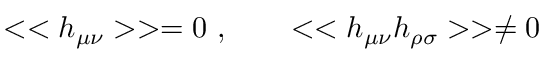
< < h _ { \mu \nu } > > = 0 ~ , \qquad < < h _ { \mu \nu } h _ { \rho \sigma } > > \ne 0